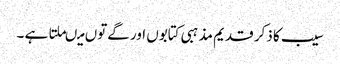
سیب کا ذکر قدیم مذہبی کتابوں اور گےتوں میںملتا ہے ۔